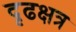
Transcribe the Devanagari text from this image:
दृढक्षत्र